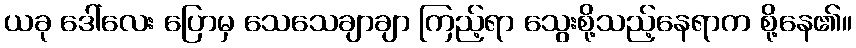
ယခု ဒေါ်လေး ပြောမှ သေသေချာချာ ကြည့်ရာ သွေးစို့သည့်နေရာက စို့နေ၏။